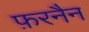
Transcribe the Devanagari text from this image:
फ़रनैन